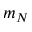
m _ { N }